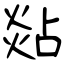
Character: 煔